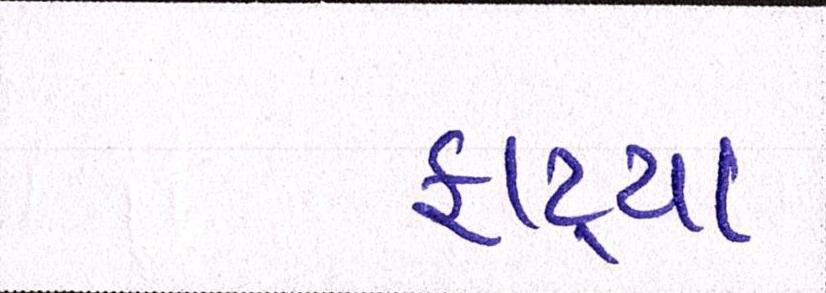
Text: ફાટ્યા